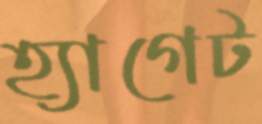
হ্যাগেট